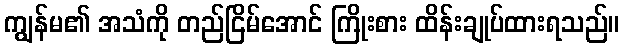
ကျွန်မ၏ အသံကို တည်ငြိမ်အောင် ကြိုးစား ထိန်းချုပ်ထားရသည်။